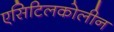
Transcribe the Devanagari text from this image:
एसिटिलकोलीन